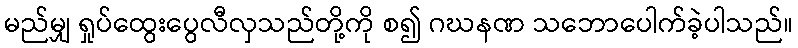
မည်မျှ ရှုပ်ထွေးပွေလီလှသည်တို့ကို စ၍ ဂဃနဏ သဘောပေါက်ခဲ့ပါသည်။